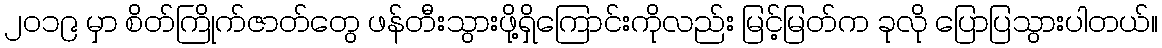
၂၀၁၉ မှာ စိတ်ကြိုက်ဇာတ်တွေ ဖန်တီးသွားဖို့ရှိကြောင်းကိုလည်း မြင့်မြတ်က ခုလို ပြောပြသွားပါတယ်။